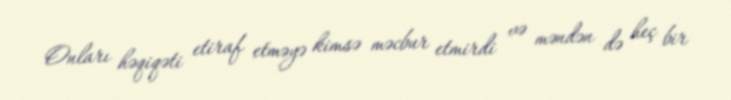
Onları həqiqəti etiraf etməyə kimsə məcbur etmirdi və məndən də heç bir